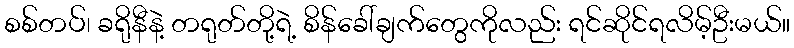
စစ်တပ်၊ ခရိုနီနဲ့ တရုတ်တို့ရဲ့ စိန်ခေါ်ချက်တွေကိုလည်း ရင်ဆိုင်ရလိမ့်ဦးမယ်။